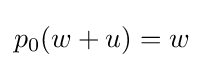
p_{0}(w+u)=w